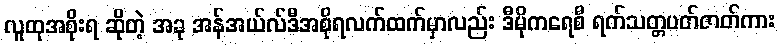
လူထုအစိုးရ ဆိုတဲ့ အခု အန်အယ်လ်ဒီအစိုရလက်ထက်မှာလည်း ဒီမိုကရေစီ ရက်သတ္တပတ်ဇာတ်ကား